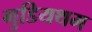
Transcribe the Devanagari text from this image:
गुडियथम